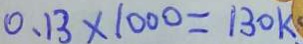
0 . 1 3 \times 1 0 0 0 = 1 3 0 k